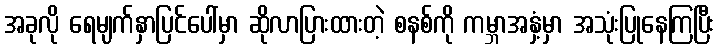
အခုလို ရေမျက်နှာပြင်ပေါ်မှာ ဆိုလာပြားထားတဲ့ စနစ်ကို ကမ္ဘာအနှံ့မှာ အသုံးပြုနေကြပြီး